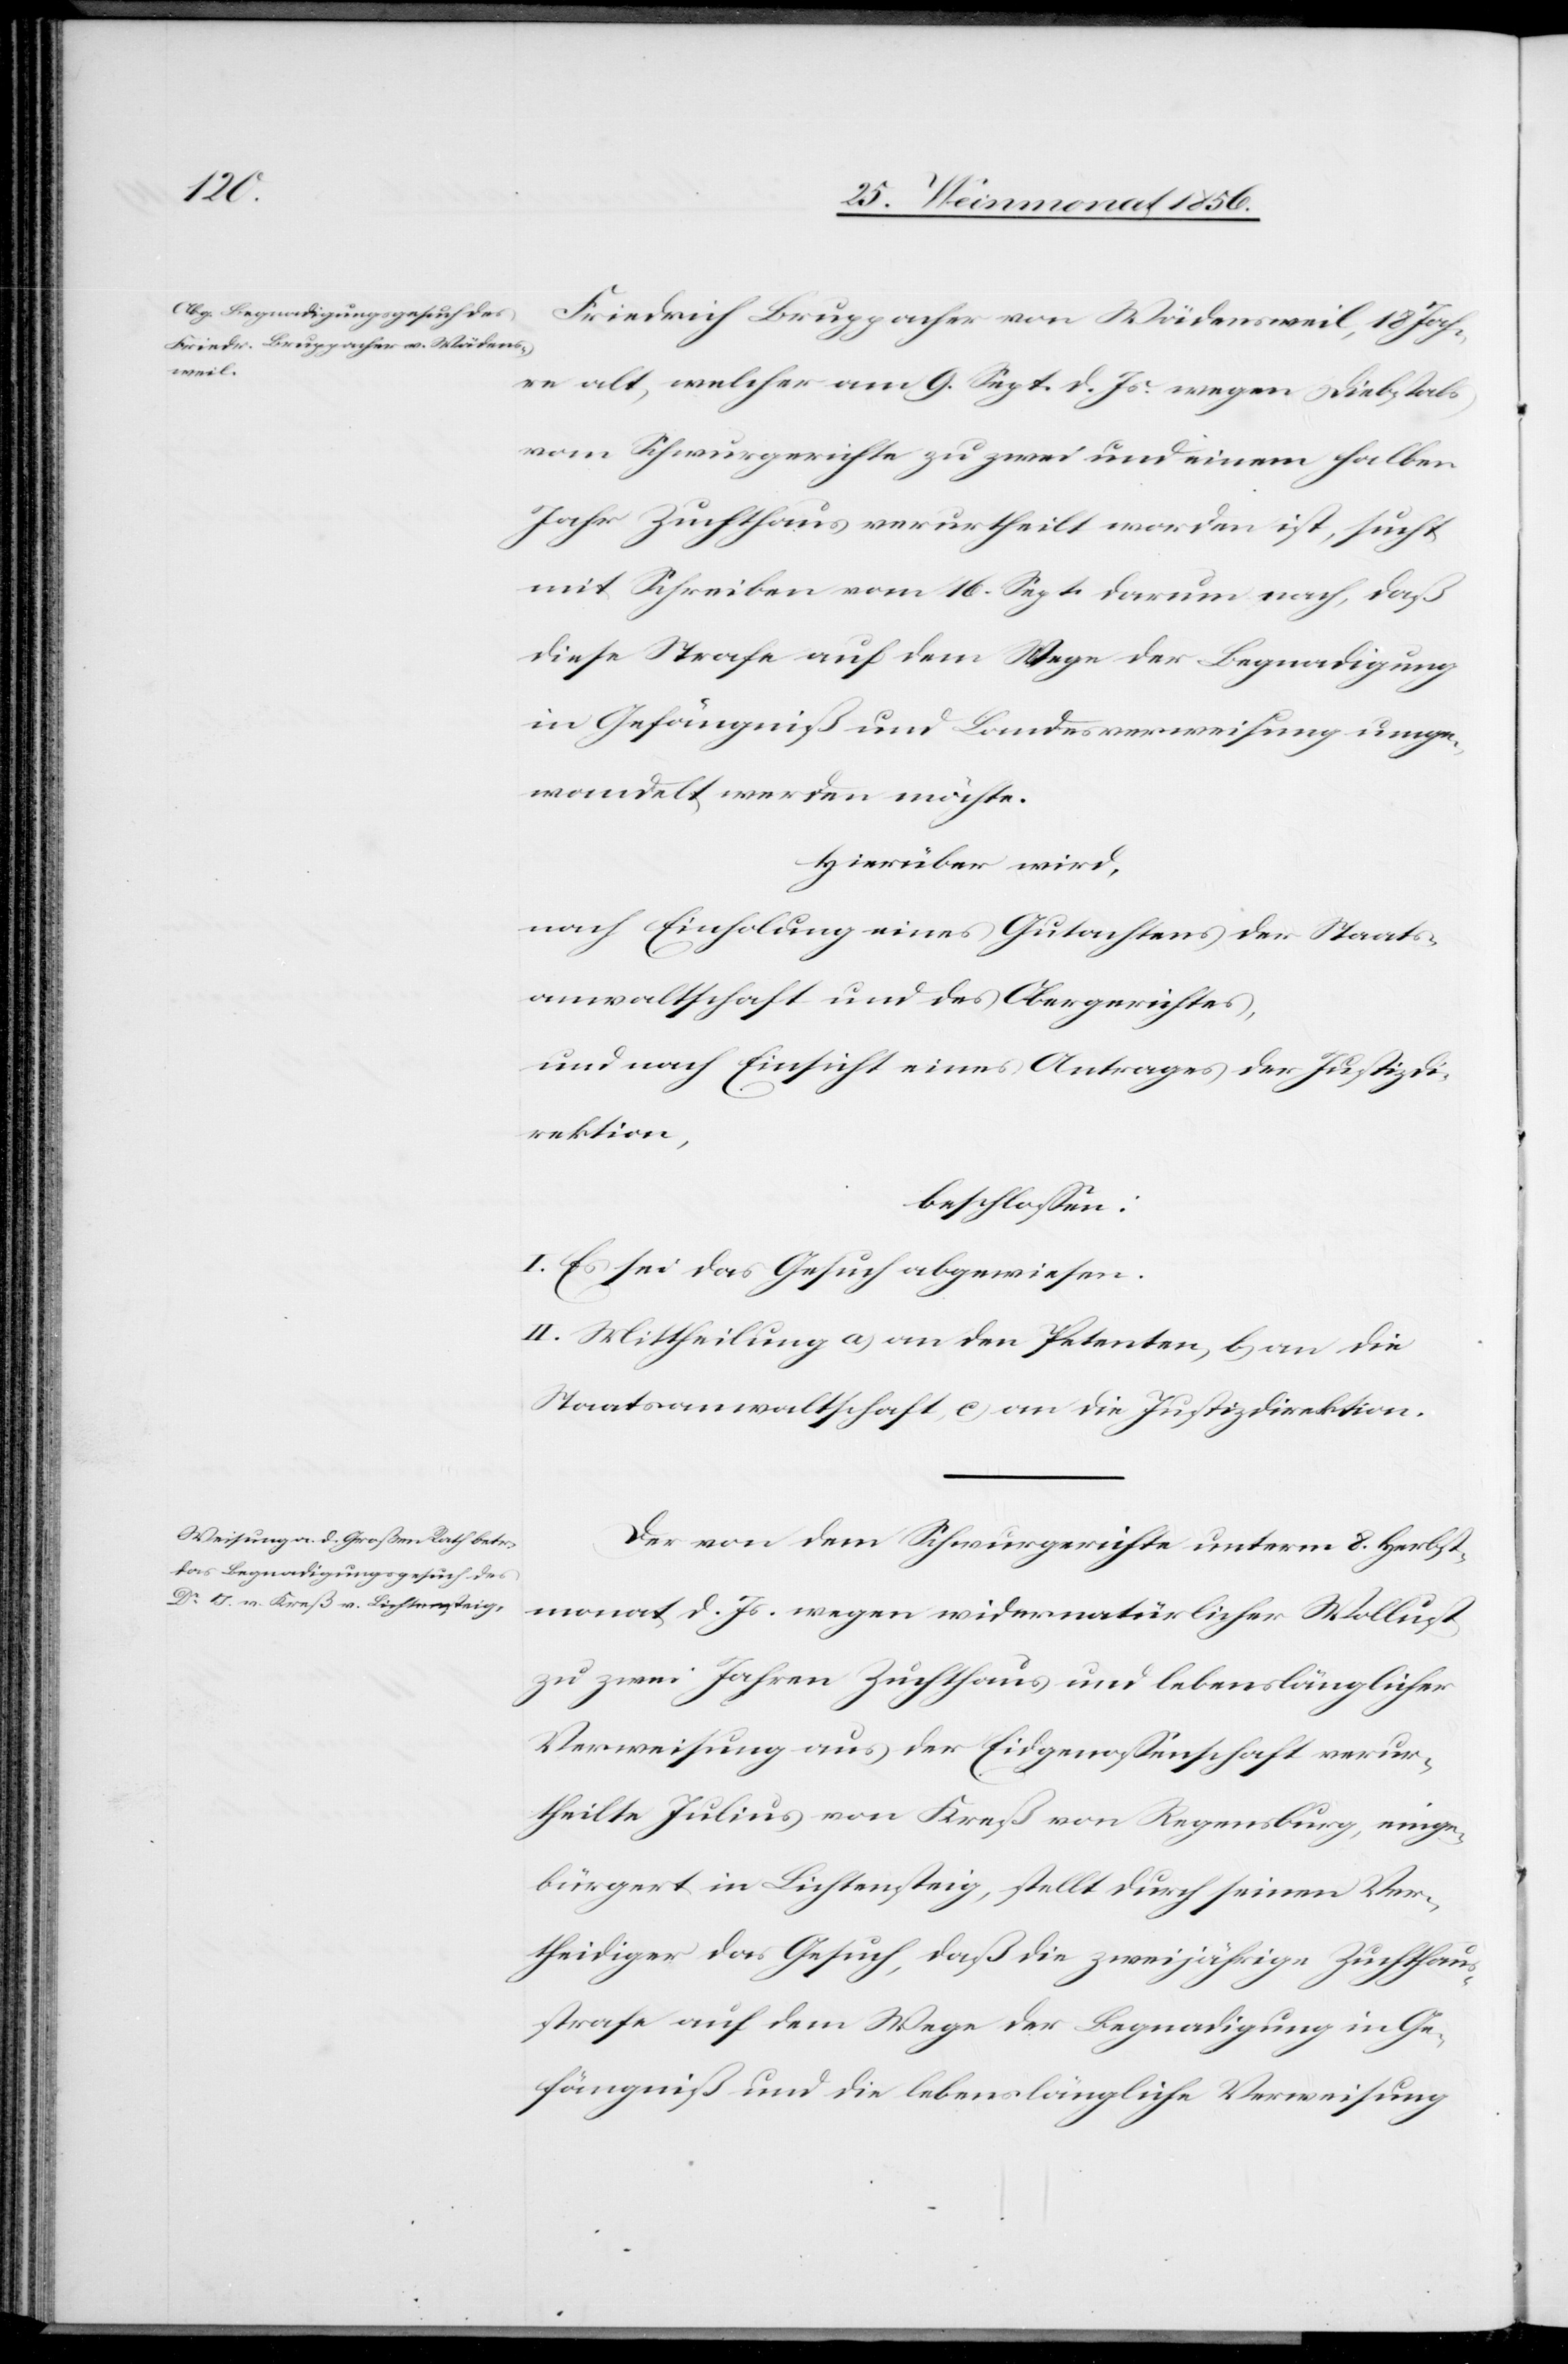
Friedrich Bruppacher von Wädensweil, 18 Jah¬
re alt, welcher am 9. Sept. d. Js. wegen Diebstals
vom Schwurgerichte zu zwei und einem halben
Jahr Zuchthaus verurtheilt worden ist, sucht
mit Schreiben vom 16. Sept. darum nach, daß
diese Strafe auf dem Wege der Begnadigung
in Gefängniß und Landesverweisung umge¬
wandelt werden möchte.
Hierüber wird,
nach Einholung eines Gutachtens der Staats¬
anwaltschaft und des Obergerichtes,
und nach Einsicht eines Antrages der Justizdi¬
rektion,
beschlossen:
I. Es sei das Gesuch abgewiesen.
II. Mittheilung a) an den Petenten, b) an die
Staatsanwaltschaft, c) an die Justizdirektion.
Der von dem Schwurgerichte unterm 8. Herbst¬
monat d. Js. wegen widernatürlicher Wollust
zu zwei Jahren Zuchthaus und lebenslänglicher
Verweisung aus der Eidgenossenschaft verur¬
theilte Julius von Kreß von Regensburg, einge¬
bürgert in Lichtensteig, stellt durch seinen Ver¬
theidiger das Gesuch, daß die zweijährige Zuchthaus¬
strafe auf dem Wege der Begnadigung in Ge¬
fängniß und die lebenslängliche Verweisung